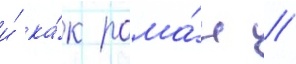
и́ ка́к рома́н //